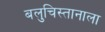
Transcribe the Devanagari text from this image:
बलुचिस्तानाला